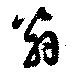
翁